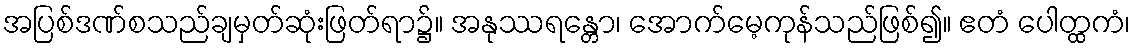
အပြစ်ဒဏ်စသည်ချမှတ်ဆုံးဖြတ်ရာ၌။ အနုဿရန္တော၊ အောက်မေ့ကုန်သည်ဖြစ်၍။ ဧတံ ပေါတ္ထကံ၊